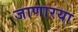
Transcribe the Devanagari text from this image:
जाणारया